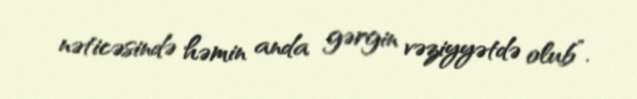
nəticəsində həmin anda gərgin vəziyyətdə olub”.